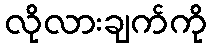
လိုလားချက်ကို